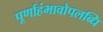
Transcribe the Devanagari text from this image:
पूर्णाहंभावोपलब्धि